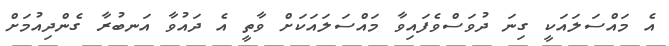
އެ މައްސަލައަކީ ގިނަ ދުވަސްވެފައިވާ މައްސަލައަކަށް ވާތީ އެ ދައުވާ އަނބުރާ ގެންދިއުމަށް